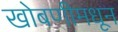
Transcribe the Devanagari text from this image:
खोबणीमधून